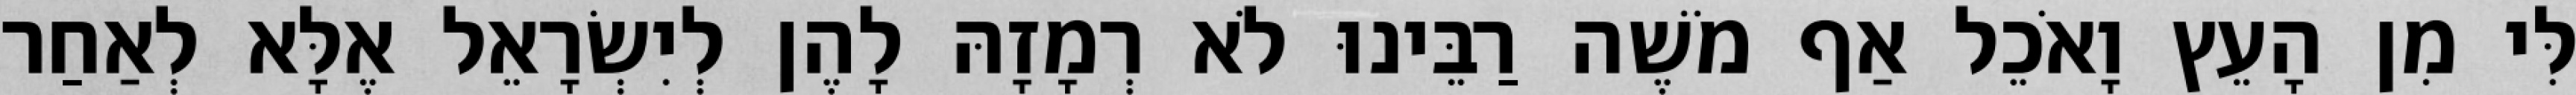
לִּי מִן הָעֵץ וָאֹכֵל אַף מֹשֶׁה רַבֵּינוּ לֹא רְמָזָהּ לָהֶן לְיִשְׂרָאֵל אֶלָּא לְאַחַר